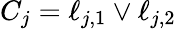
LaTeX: C_{j}=\ell_{j,1}\vee\ell_{j,2}